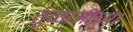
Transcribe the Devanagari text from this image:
तुळाजीच्या